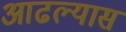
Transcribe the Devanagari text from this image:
आढल्यास